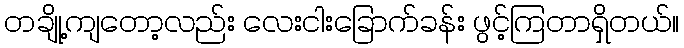
တချို့ကျတော့လည်း လေးငါးခြောက်ခန်း ဖွင့်ကြတာရှိတယ်။